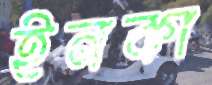
ইনকা